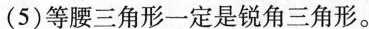
( 5 )等腰三角形一定是锐角三角形。